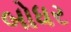
બોધર